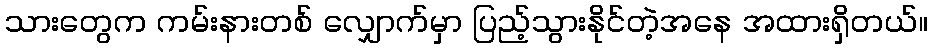
သားတွေက ကမ်းနားတစ် လျှောက်မှာ ပြည့်သွားနိုင်တဲ့အနေ အထားရှိတယ်။